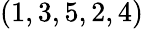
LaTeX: (1,3,5,2,4)